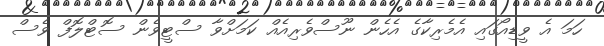
ހަމަ އެ ވީޑިއޯގައި އެމެރިކާގެ އެހެން ނޫސްވެރިއެއް ކަމަށްވާ ސްޓީވެން ސޮޓްލޮފް ވެސް